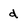
Character: d